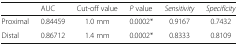
<table><thead><tr><td></td><td><b>AUC</b></td><td><b>Cut-off value</b></td><td><b><i>P</i> value</b></td><td><b><i>Sensitivity</i></b></td><td><b><i>Specificity</i></b></td></tr></thead><tbody><tr><td>Proximal</td><td>0.84459</td><td>1.0 mm</td><td>0.0002*</td><td>0.9167</td><td>0.7432</td></tr><tr><td>Distal</td><td>0.86712</td><td>1.4 mm</td><td>0.0002*</td><td>0.8333</td><td>0.8109</td></tr></tbody></table>